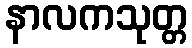
နာလကသုတ္တ